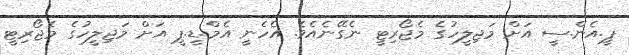
ޕީ.އެން.ސީ އަށް މަޖިލީހުގެ މެޖޯރިޓީ ނެގޭނެއެވެ. އެހެނީ އެމް.ޑީ.ޕީ އަށް މަޖިލީހުގެ މެޖޯރިޓީ